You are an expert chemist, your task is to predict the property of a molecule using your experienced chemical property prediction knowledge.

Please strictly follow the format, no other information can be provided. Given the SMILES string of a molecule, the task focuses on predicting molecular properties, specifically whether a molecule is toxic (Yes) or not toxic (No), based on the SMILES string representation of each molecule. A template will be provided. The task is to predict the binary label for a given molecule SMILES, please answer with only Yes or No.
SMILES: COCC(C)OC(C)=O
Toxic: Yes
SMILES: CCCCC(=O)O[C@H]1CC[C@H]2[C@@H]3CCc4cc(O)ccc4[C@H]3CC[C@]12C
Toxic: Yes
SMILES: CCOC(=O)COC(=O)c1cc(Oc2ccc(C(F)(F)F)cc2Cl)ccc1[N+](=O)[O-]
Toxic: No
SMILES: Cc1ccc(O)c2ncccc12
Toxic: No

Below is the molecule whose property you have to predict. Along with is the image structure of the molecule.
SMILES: CCCCCCn1cc[n+](C)c1
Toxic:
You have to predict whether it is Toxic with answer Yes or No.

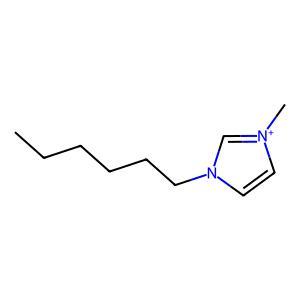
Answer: No